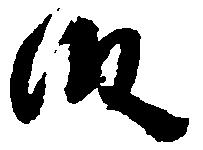
段